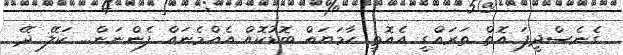
ގެނެސްދީފަ އޮތް ތަރައްގީ އެއޮތީ ހާމަޔައް ބޮޑުކޮއް އެއްމެނައް ފެންނަން... ކަލޭ ދޭ